Report of the Indian Hemp Drugs Commission, 1894-1895 - Volume I
Year: 1894
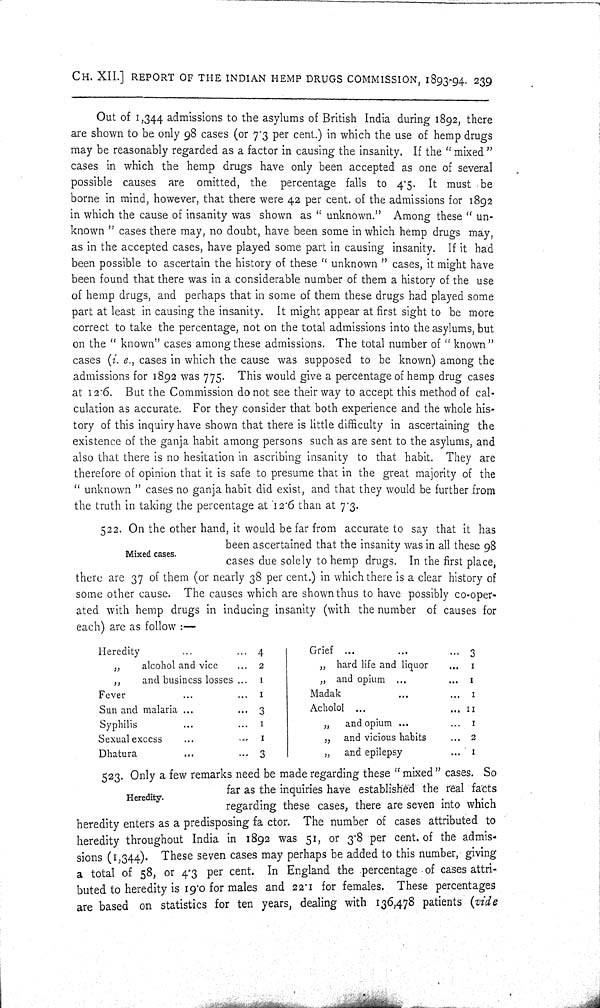
CH. XII.] REPORT OF THE INDIAN HEMP DRUGS COMMISSION, 1893-94. 239
Out of 1,344 admissions to the asylums of British India during 1892, there
are shown to be only 98 cases (or 7.3 per cent.) in which the use of hemp drugs
may be reasonably regarded as a factor in causing the insanity. If the "mixed"
cases in which the hemp drugs have only been accepted as one of several
possible causes are omitted, the percentage falls to 4.5. It must be
borne in mind, however, that there were 42 per cent. of the admissions for 1892
in which the cause of insanity was shown as "unknown." Among these "un-
known" cases there may, no doubt, have been some in which hemp drugs may,
as in the accepted cases, have played some part in causing insanity. If it had
been possible to ascertain the history of these "unknown" cases, it might have
been found that there was in a considerable number of them a history of the use
of hemp drugs, and perhaps that in some of them these drugs had played some
part at least in causing the insanity. It might appear at first sight to be more
correct to take the percentage, not on the total admissions into the asylums, but
on the "known" cases among these admissions. The total number of "known"
cases (i. e., cases in which the cause was supposed to be known) among the
admissions for 1892 was 775. This would give a percentage of hemp drug cases
at 12.6. But the Commission do not see their way to accept this method of cal-
culation as accurate. For they consider that both experience and the whole his-
tory of this inquiry have shown that there is little difficulty in ascertaining the
existence of the ganja habit among persons such as are sent to the asylums, and
also that there is no hesitation in ascribing insanity to that habit. They are
therefore of opinion that it is safe to presume that in the great majority of the
"unknown" cases no ganja habit did exist, and that they would be further from
the truth in taking the percentage at 12.6 than at 7.3.
Mixed cases.
522. On the other hand, it would be far from accurate to say that it has
been ascertained that the insanity was in all these 98
cases due solely to hemp drugs. In the first place,
there are 37 of them (or nearly 38 per cent.) in which there is a clear history of
some other cause. The causes which are shown thus to have possibly co-oper-
ated with hemp drugs in inducing insanity (with the number of causes for
each) are as follow:—
Heredity
4
Grief
3
" alcohol and vice
2
" hard life and liquor
1
"
and business losses
1
" and opium
1
Fever
1
Madak
1
Sun and malaria
3
Acholol
11
Syphilis
1
"
and opium
1
Sexual excess
1
" and vicious habits
2
Dhatura
3
" and epilepsy
1
Heredity.
523. Only a few remarks need be made regarding these "mixed" cases. So
far as the inquiries have established the real facts
regarding these cases, there are seven into which
heredity enters as a predisposing fa ctor. The number of cases attributed to
heredity throughout India in 1892 was 51, or 3.8 per cent. of the admis-
sions (1,344). These seven cases may perhaps be added to this number, giving
a total of 58, or 4.3 per cent. In England the percentage of cases attri-
buted to heredity is 19.0 for males and 22.1 for females. These percentages
are based on statistics for ten years, dealing with 136,478 patients (vide